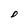
Character: D